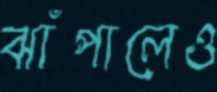
ঝাঁপালেও